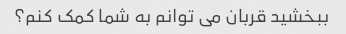
ببخشید قربان می توانم به شما کمک کنم؟